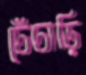
চেঁচাড়ি